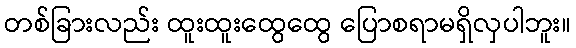
တစ်ခြားလည်း ထူးထူးထွေထွေ ပြောစရာမရှိလှပါဘူး။